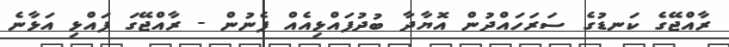
ރާއްޖޭގެ ކަނޑުގެ ސަރަހައްދުން އޮޔާދާ ބުދުފައްޅިއެއް ފެނުން - ރާއްޖޭގަ ފައްޅި އަޅާނެ